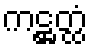
ကဋ္ဌတ္ထံ